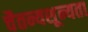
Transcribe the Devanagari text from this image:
चैतन्यशून्यता